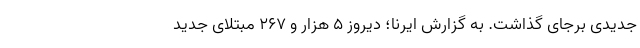
جدیدی برجای گذاشت. به گزارش ایرنا؛ دیروز ۵ هزار و ۲۶۷ مبتلای جدید